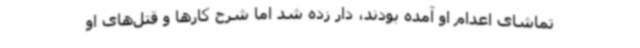
تماشای اعدام او آمده‌ بودند، دار زده شد اما شرح کارها و قتل‌های او